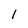
Character: l